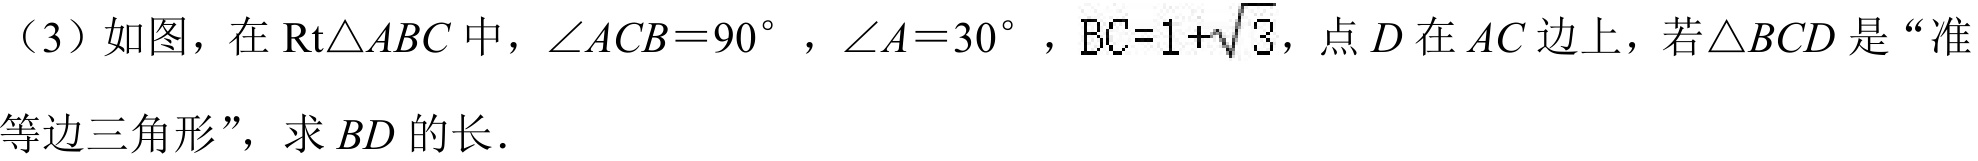
（3）如图，在\(\text{Rt}\triangle ABC\)中，\(\angle ACB = 90^{\circ}\)，\(\angle A = 30^{\circ}\)，\(BC = 1+\sqrt{3}\)，点\(D\)在\(AC\)边上，若\(\triangle BCD\)是“准
等边三角形”，求\(BD\)的长．